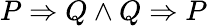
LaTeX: P\Rightarrow Q\land Q\Rightarrow P